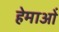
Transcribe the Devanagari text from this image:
हेमाओं